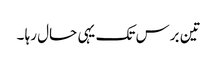
تین برس تک یہی حال رہا ۔